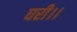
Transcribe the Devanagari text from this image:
घरी।।